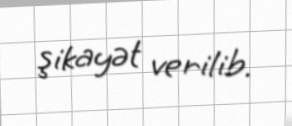
şikayət verilib.